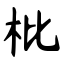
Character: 枇